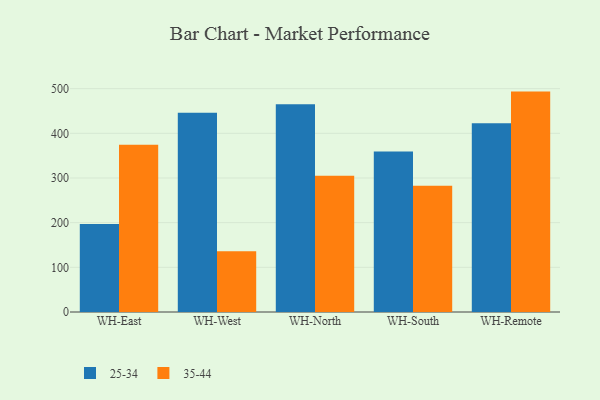
{"axis": {"x": "Warehouse", "y": "Demand Index"}, "legend": ["25-34", "35-44"], "data": [{"x": "WH-East", "y": 197.2, "type": "25-34"}, {"x": "WH-East", "y": 374.4, "type": "35-44"}, {"x": "WH-West", "y": 445.8, "type": "25-34"}, {"x": "WH-West", "y": 136.0, "type": "35-44"}, {"x": "WH-North", "y": 464.9, "type": "25-34"}, {"x": "WH-North", "y": 304.8, "type": "35-44"}, {"x": "WH-South", "y": 359.4, "type": "25-34"}, {"x": "WH-South", "y": 282.8, "type": "35-44"}, {"x": "WH-Remote", "y": 422.7, "type": "25-34"}, {"x": "WH-Remote", "y": 493.4, "type": "35-44"}]}